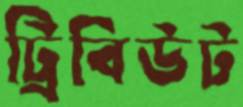
ট্রিবিউট